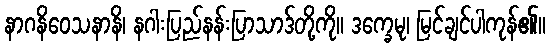
နာဂနိဝေသနာနိ၊ နဂါးပြည်နန်းပြာသာဒ်တို့ကို။ ဒက္ခေမု၊ မြင်ချင်ပါကုန်၏။